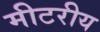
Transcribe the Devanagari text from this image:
मीटरीय